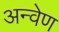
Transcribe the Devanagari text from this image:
अन्वेण